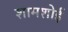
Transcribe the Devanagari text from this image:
शामशोई